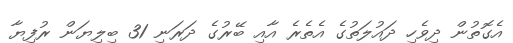
އެގޮތުން ދިވެހި ދައުލަތުގެ އެތެރެ އާއި ބޭރުގެ ދަރަނި 31 ބިލިޔަން ރުފިޔާ